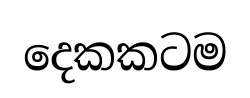
දෙකකටම